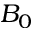
B _ { 0 }